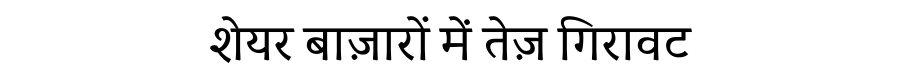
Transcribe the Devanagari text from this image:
शेयर बाज़ारों में तेज़ गिरावट